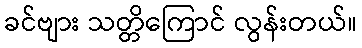
ခင်ဗျား သတ္တိကြောင် လွန်းတယ်။